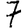
Digit: 7